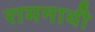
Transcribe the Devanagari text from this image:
रामनाथी